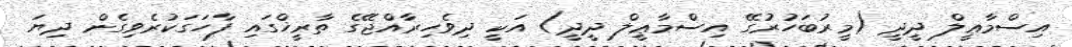
އިސްމާޢީލް ދީދީ (މީރުބަހުރުގޭ އިސްމާޢީލް ދީދީ) އަކީ ދިވެހިރާއްޖޭގެ ތާރީޚްގައި ފާހަގަކުރެވިގެން ދިޔަ